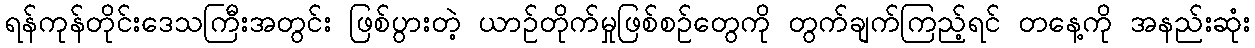
ရန်ကုန်တိုင်းဒေသကြီးအတွင်း ဖြစ်ပွားတဲ့ ယာဉ်တိုက်မှုဖြစ်စဉ်တွေကို တွက်ချက်ကြည့်ရင် တနေ့ကို အနည်းဆုံး